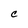
Character: C